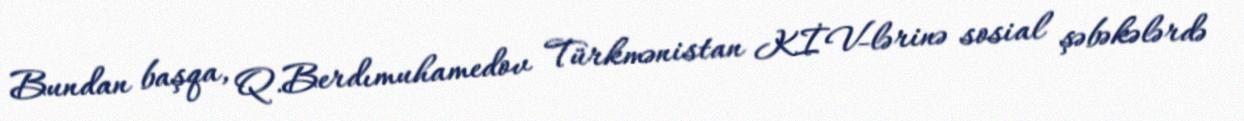
Bundan başqa, Q.Berdımuhamedov Türkmənistan KİV-lərinə sosial şəbəkələrdə